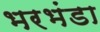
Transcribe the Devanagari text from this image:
भरभंडा